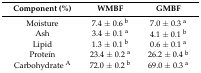
<table><thead><tr><td><b>Component (%)</b></td><td><b>WMBF</b></td><td><b>GMBF</b></td></tr></thead><tbody><tr><td>Moisture</td><td>7.4 ± 0.6 <sup>b</sup></td><td>7.0 ± 0.3 <sup>a</sup></td></tr><tr><td>Ash</td><td>3.4 ± 0.1 <sup>a</sup></td><td>4.1 ± 0.1 <sup>b</sup></td></tr><tr><td>Lipid</td><td>1.3 ± 0.1 <sup>b</sup></td><td>0.6 ± 0.1 <sup>a</sup></td></tr><tr><td>Proteín</td><td>23.4 ± 0.2 <sup>a</sup></td><td>26.2 ± 0.4 <sup>b</sup></td></tr><tr><td>Carbohydrate <sup>A</sup></td><td>72.0 ± 0.2 <sup>b</sup></td><td>69.0 ± 0.3 <sup>a</sup></td></tr></tbody></table>